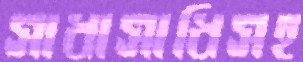
সাধাসাধিসহ